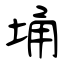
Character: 埇